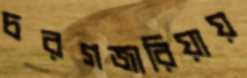
চরগজারিয়ায়